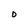
Character: D